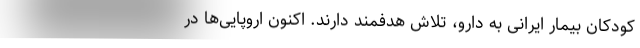
کودکان بیمار ایرانی به دارو، تلاش هدفمند دارند. اکنون اروپایی‌ها در